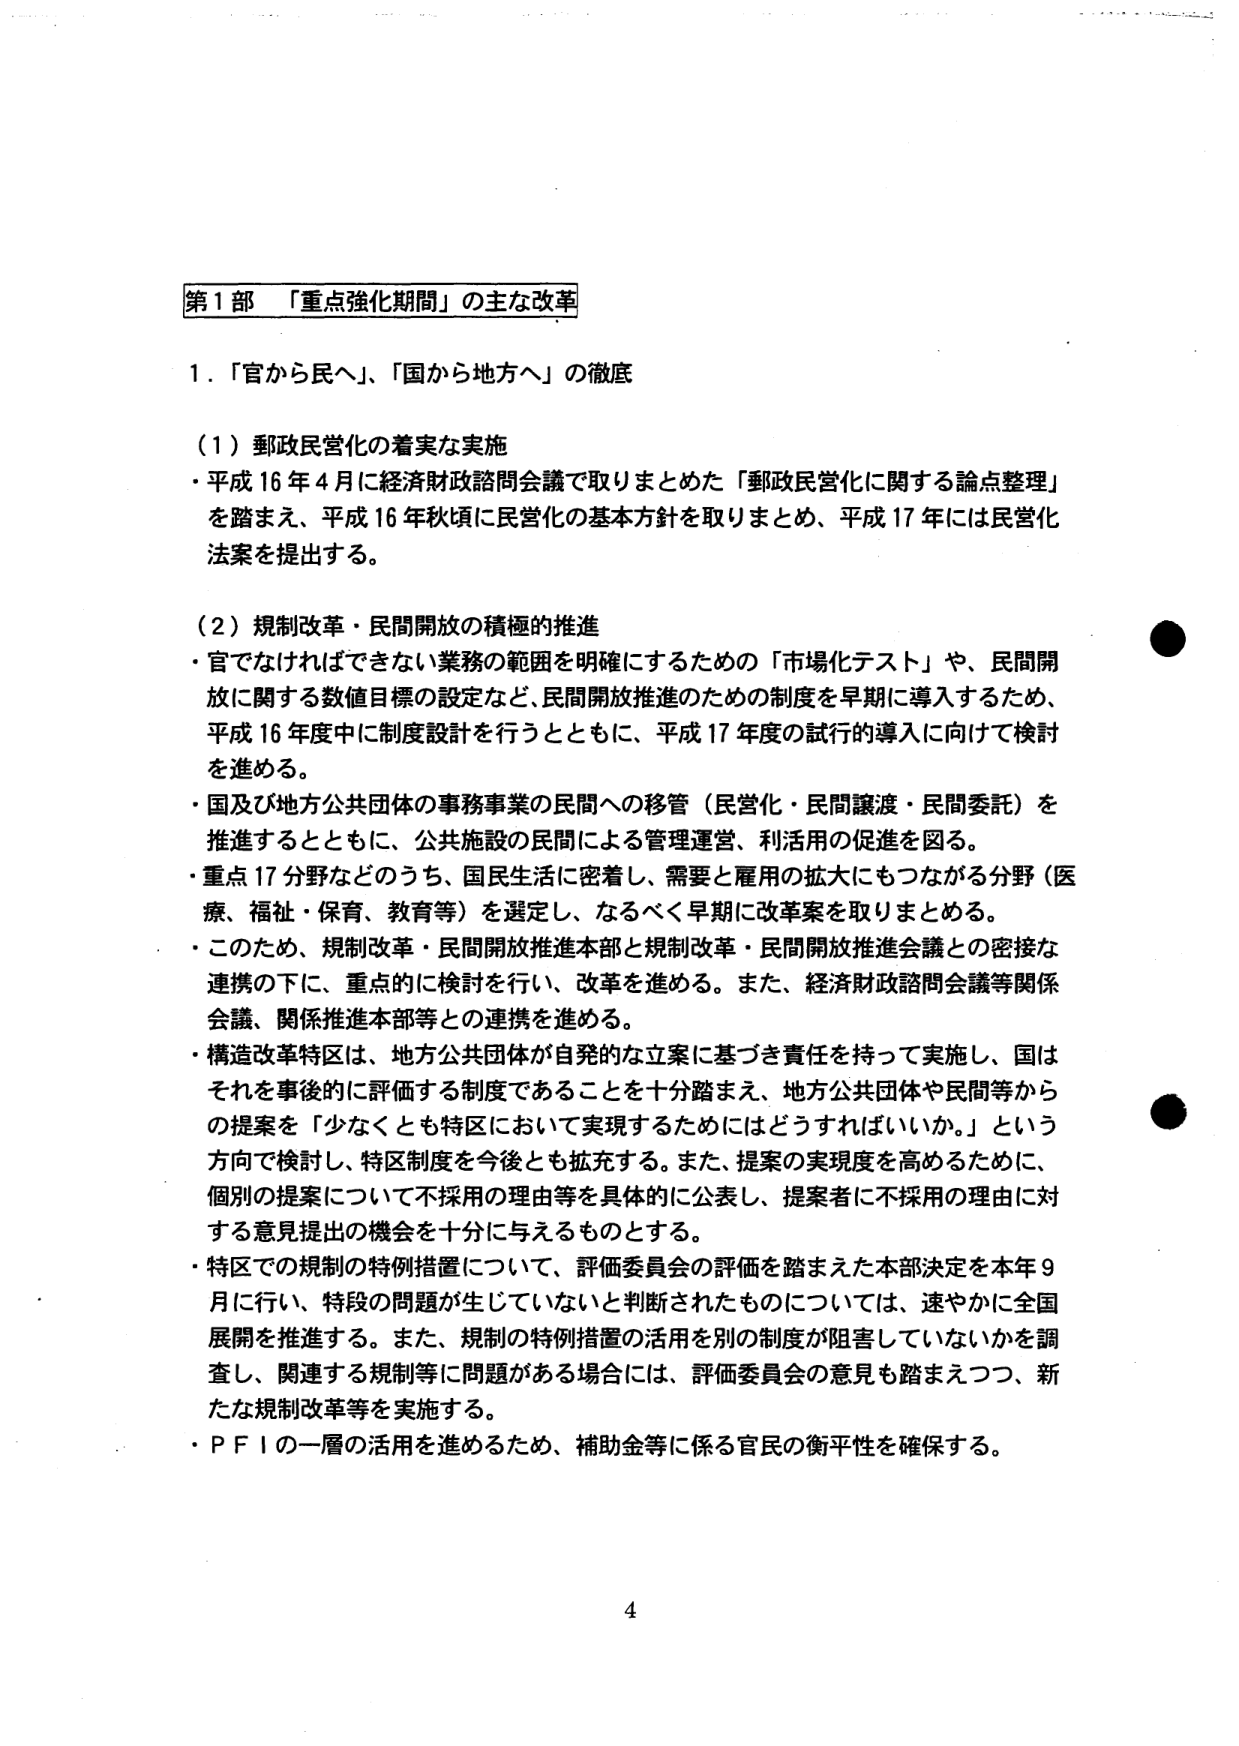
第1部 「重点強化期間」の主な改革

1．「官から民へ」、「国から地方へ」の徹底

（1）郵政民営化の着実な実施
・平成16年4月に経済財政諮問会議で取りまとめた「郵政民営化に関する論点整理」
を踏まえ、平成16年秋頃に民営化の基本方針を取りまとめ、平成17年には民営化
法案を提出する。

（2）規制改革・民間開放の積極的推進
・官でなければならない業務の範囲を明確にするための「市場化テスト」や、民間開
放に関する数値目標の設定など、民間開放推進のための制度を早期に導入するため、
平成16年度中に制度設計を行うとともに、平成17年度の試行的導入に向けて検討
を進める。
・国及び地方公共団体の事務事業の民間への移管（民営化・民間譲渡・民間委託）を
推進するとともに、公共施設の民間による管理運営、利活用の促進を図る。
・重点17分野などのうち、国民生活に密着し、需要と雇用の拡大にもつながる分野（医
療、福祉・保育、教育等）を選定し、なるべく早期に改革案を取りまとめる。
・このため、規制改革・民間開放推進本部と規制改革・民間開放推進会議との密接な
連携の下に、重点的に検討を行い、改革を進める。また、経済財政諮問会議等関係
会議、関係推進本部等との連携を進める。
・構造改革特区は、地方公共団体が自発的な立案に基づき責任を持って実施し、国は
それを事後的に評価する制度であることを十分踏まえ、地方公共団体や民間等から
の提案を「少なくとも特区において実現するためにはどうすればいいか。」という
方向で検討し、特区制度を今後とも拡充する。また、提案の実現度を高めるために、
個別の提案について不採用の理由等を具体的に公表し、提案者に不採用の理由に対
する意見提出の機会を十分に与えるものとする。
・特区での規制の特例措置について、評価委員会の評価を踏まえた本部決定を本年9
月に行い、特段の問題が生じていないと判断されたものについては、速やかに全国
展開を推進する。また、規制の特例措置の活用を別の制度が阻害していないかを調
査し、関連する規制等に問題がある場合には、評価委員会の意見も踏まえつつ、新
たな規制改革等を実施する。
・ＰＦＩの一層の活用を進めるため、補助金等に係る官民の衡平性を確保する。

4